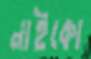
নাইকো